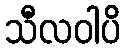
သီလဝါပိ